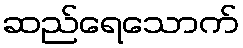
ဆည်ရေသောက်